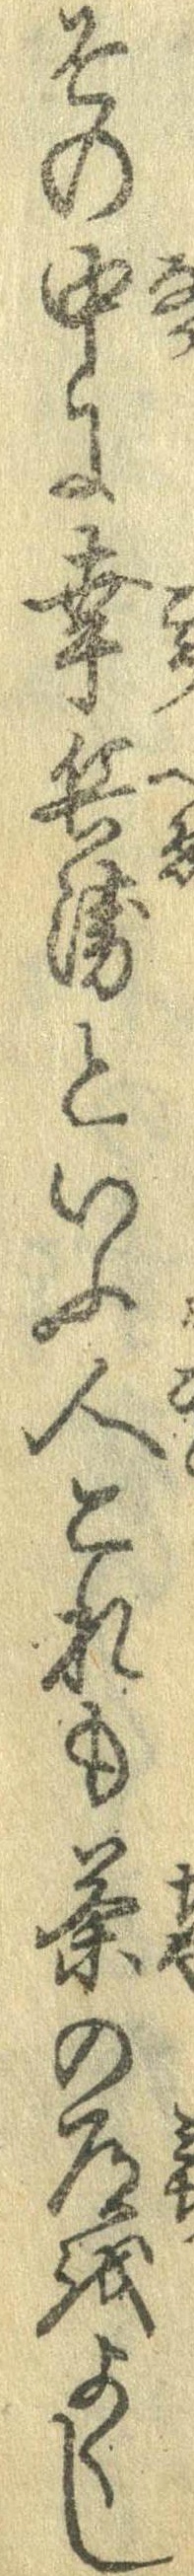
その中に幸兵衛といふ人これも茶の道をよくし